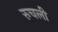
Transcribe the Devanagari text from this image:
रुचली